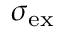
\sigma _ { \mathrm { e x } }